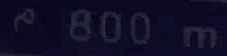
800m